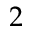
2